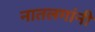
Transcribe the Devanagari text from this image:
नातलगांनी